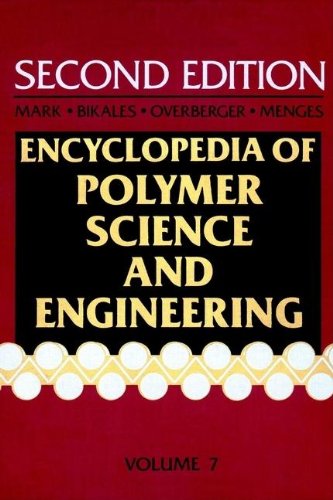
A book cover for Encyclopedia of Polymer Science and Engineering, Volume 7: Fibers, Optical to Hydrogenation; Science & Math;